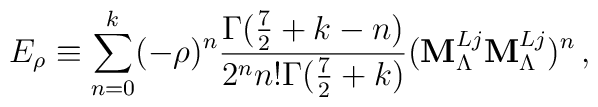
E_\rho\equiv \sum_{n=0}^k(-\rho)^n\frac{\Gamma(\frac{7}{2}+k-n)}{2^n n!\Gamma(\frac{7}{2}+k)}({\bf M}_\Lambda^{Lj}{\bf M}_\Lambda^{Lj})^n\,,